Source: Handwritten
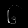
Digit: ၆ (6)